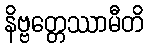
နိဗ္ဗတ္တေဿာမီတိ